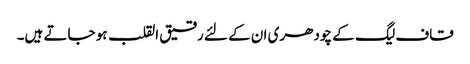
قاف لیگ کے چودھری ان کے لئے رقیق القلب ہو جاتے ہیں۔